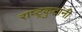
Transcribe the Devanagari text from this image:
राष्ट्रकुटांनी